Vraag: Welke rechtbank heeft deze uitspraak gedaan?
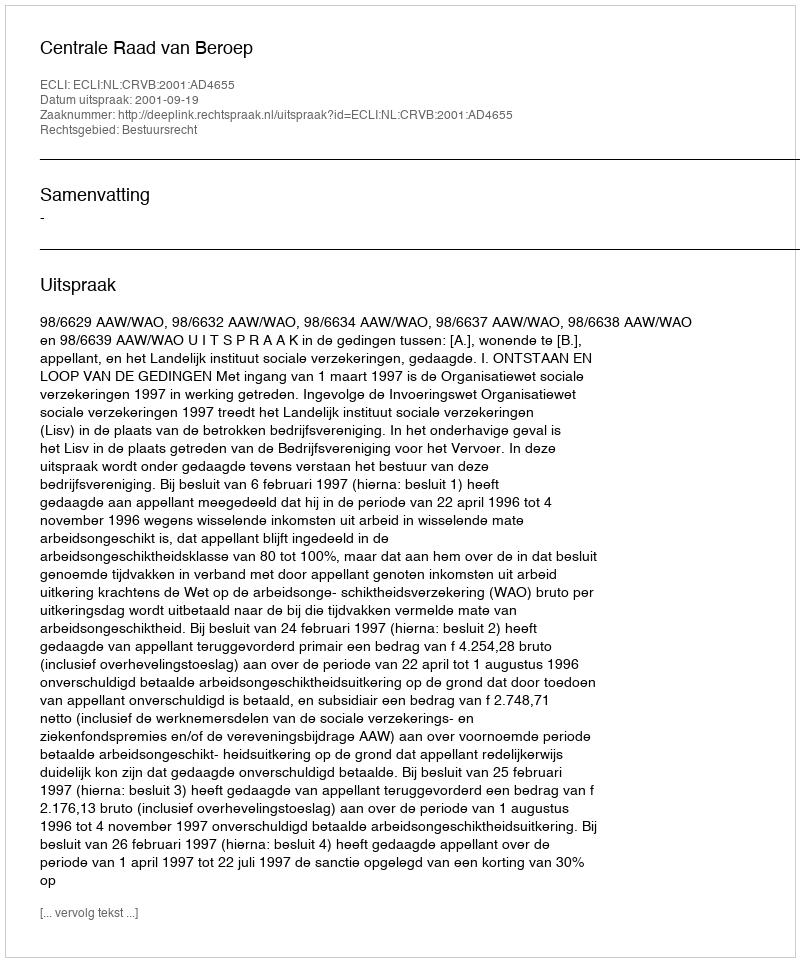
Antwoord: Centrale Raad van Beroep